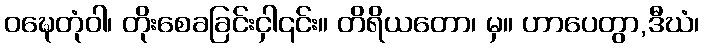
ဝဍ္ဎေတုံဝါ၊ တိုးစေခခြင်းငှါ၎င်း။ တိရိယတော၊ မှ။ ဟာပေတွာ,ဒီဃံ၊